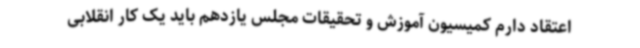
اعتقاد دارم کمیسیون آموزش و تحقیقات مجلس یازدهم باید یک کار انقلابی